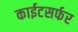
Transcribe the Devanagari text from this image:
काईटसर्फर